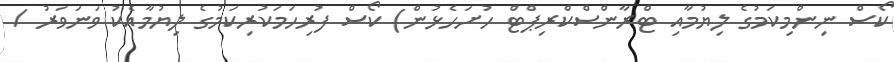
ކޯސް ނިންމިކަމުގެ ލިޔުމާއި ޓްރާންސްކްރިޕްޓް ހުށަހެޅުން) ކޯސް ފުރިހަމަކުރިކަމުގެ ލިޔުމާއެކު ވަނަވަރު /